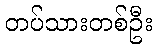
တပ်သားတစ်ဦး